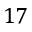
1 7